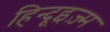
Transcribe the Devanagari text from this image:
हिन्दूइज़्म